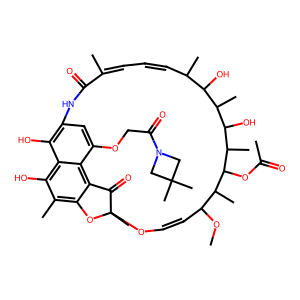
SMILES: COC1C=COC2(C)Oc3c(C)c(O)c4c(O)c(cc(OCC(=O)N5CC(C)(C)C5)c4c3C2=O)NC(=O)C(C)=CC=CC(C)C(O)C(C)C(O)C(C)C(OC(C)=O)C1C
Inhibits HIV replication: No